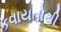
કવાયતોથી